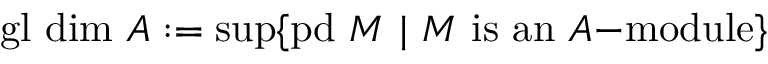
{ \mathrm { g l ~ d i m ~ } } A : = \operatorname* { s u p } \{ { \mathrm { p d ~ } } M { \mathrm { ~ } } | { \mathrm { ~ } } M { \mathrm { ~ i s ~ a n ~ } } A { \mathrm { - m o d u l e } } \}